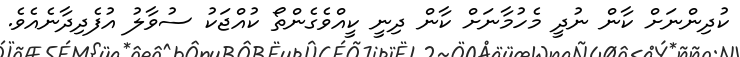
ކުދިންނަށް ކާން ނުދީ މެހުމާނަށް ކާން ދިނީ ކީއްވެގެންތޯ ކުއްޖަކު ސުވާލު އުފެދިދާނެއެވެ.